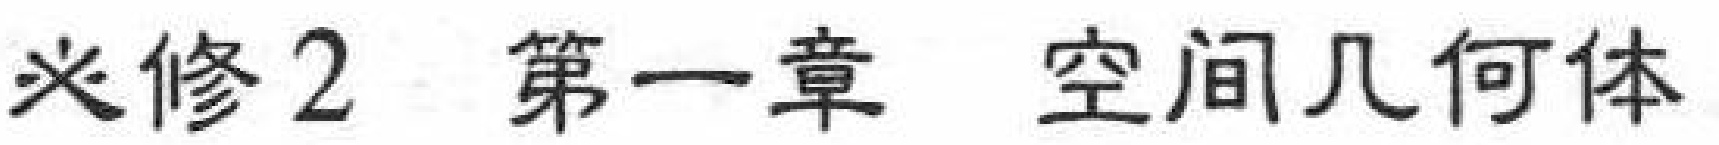
必修2 第一章 空间几何体